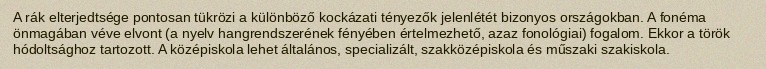
A rák elterjedtsége pontosan tükrözi a különböző kockázati tényezők jelenlétét bizonyos országokban. A fonéma önmagában véve elvont (a nyelv hangrendszerének fényében értelmezhető, azaz fonológiai) fogalom. Ekkor a török hódoltsághoz tartozott. A középiskola lehet általános, specializált, szakközépiskola és műszaki szakiskola.